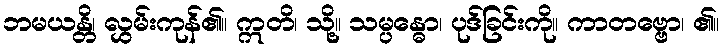
ဘမယန္တိ၊ လွှမ်းကုန်၏။ ဣတိ၊ သို့။ သမ္ပန္ဓော၊ ပုဒ်ခြင်းကို။ ကာတဗ္ဗော၊ ၏။